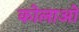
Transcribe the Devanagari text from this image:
कोलाओ